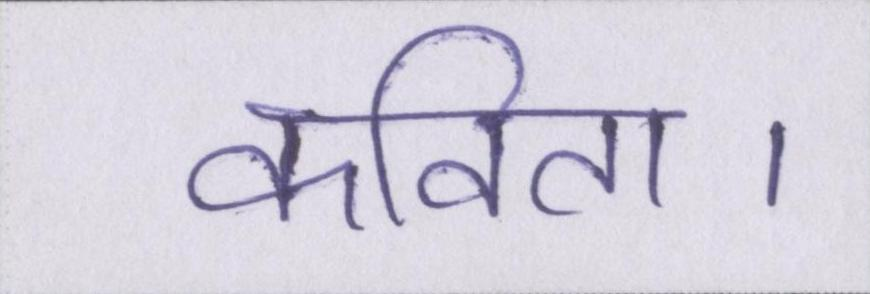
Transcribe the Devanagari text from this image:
कविता।